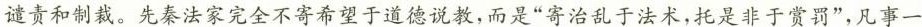
谴责和制裁。先秦法家完全不寄希望于道德说教，而是”寄治乱于法术，托是非于赏罚”，凡事一